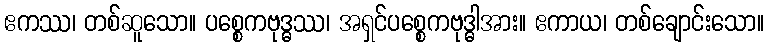
ဧကဿ၊ တစ်ဆူသော။ ပစ္စေကဗုဒ္ဓဿ၊ အရှင်ပစ္စေကဗုဒ္ဓါအား။ ဧကာယ၊ တစ်ချောင်းသော။